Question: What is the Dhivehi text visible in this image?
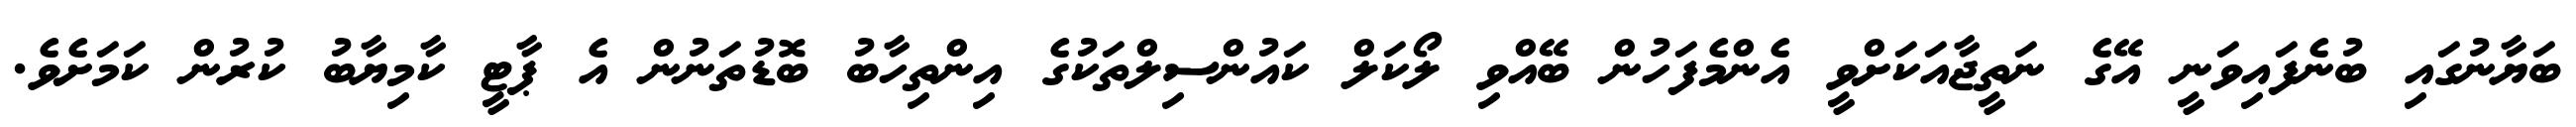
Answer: ބަޔާނުގައި ބުނެފައިވަނީ އޭގެ ނަތީޖާއަކަށްވީ އެންމެފަހުން ބޭއްވި ލޯކަލް ކައުންސިލްތަކުގެ އިންތިހާބު ބޮޑުތަނުން އެ ޕާޓީ ކާމިޔާބު ކުރުން ކަމަށެވެ.